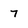
Character: 7